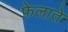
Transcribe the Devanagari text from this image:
फेलाते